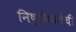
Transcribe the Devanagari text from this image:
निष्कियतेची